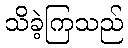
သိခဲ့ကြသည်